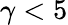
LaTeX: \gamma<5